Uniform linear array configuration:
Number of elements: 12
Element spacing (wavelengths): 0.25
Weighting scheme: binomial
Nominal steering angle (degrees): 60
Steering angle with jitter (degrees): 58.435
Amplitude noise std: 0.05
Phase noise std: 0.05

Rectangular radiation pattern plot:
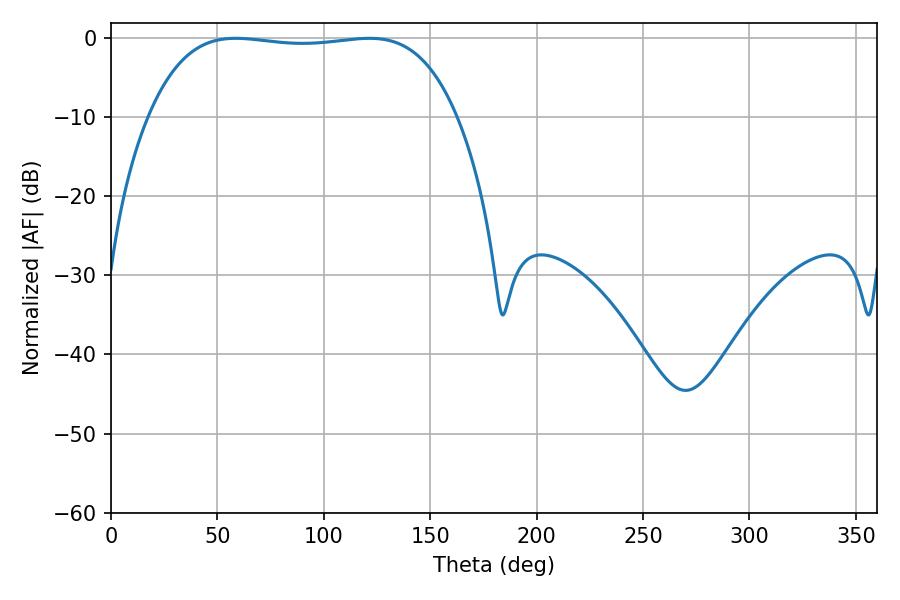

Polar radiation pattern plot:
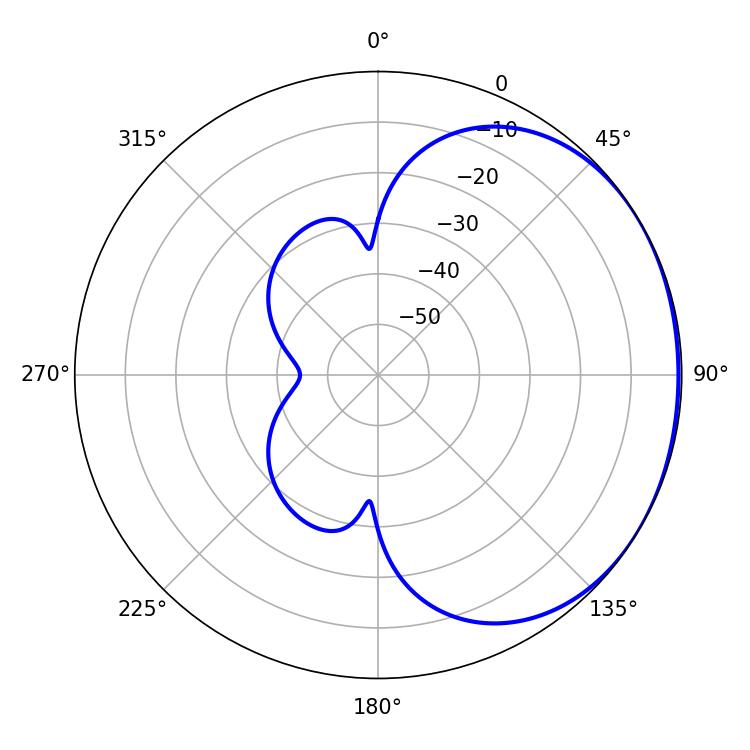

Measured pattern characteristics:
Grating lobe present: FALSE
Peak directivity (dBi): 1.03
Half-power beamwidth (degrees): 114.48
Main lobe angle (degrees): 58.68